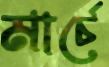
মার্চে